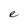
Character: e